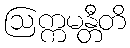
ဩက္ကမန္တီတိ